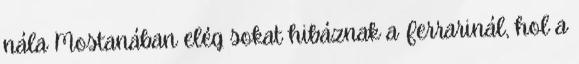
nála Mostanában elég sokat hibáznak a Ferrarinál, hol a